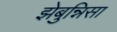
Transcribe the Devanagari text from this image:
झेबुन्निसा